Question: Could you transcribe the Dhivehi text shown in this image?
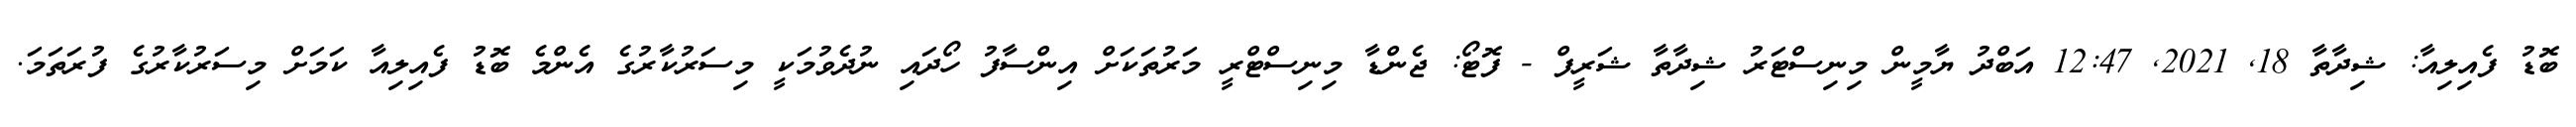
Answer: ބޮޑު ފެއިލިއާ: ޝިދާތާ 18, 2021, 12:47 އަބްދު ޔާމީން މިނިސްޓަރު ޝިދާތާ ޝަރީފް - ފޮޓޯ: ޖެންޑާ މިނިސްޓްރީ މަރުތަކަށް އިންސާފު ހޯދައި ނުދެވުމަކީ މިސަރުކާރުގެ އެންމެ ބޮޑު ފެއިލިއާ ކަމަށް މިސަރުކާރުގެ ފުރަތަމަ.